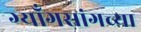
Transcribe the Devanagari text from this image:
ग्याँगसांगच्या